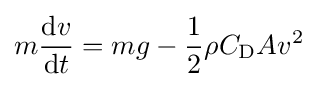
m{\frac {\mathrm {d} v}{\mathrm {d} t}}=mg-{\frac {1}{2}}\rho C_{\mathrm {D} }Av^{2}